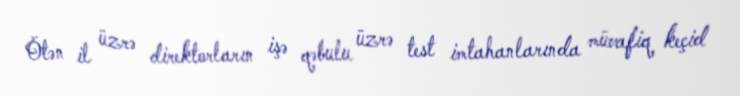
Ötən il üzrə direktorların işə qəbulu üzrə test imtahanlarında müvafiq keçid